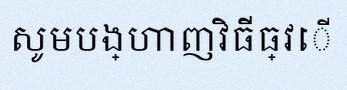
សូមបង្ហាញវិធីធ្វើ